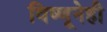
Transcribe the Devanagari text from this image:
विष्णूनेही